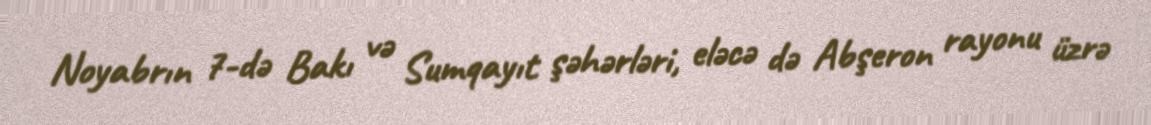
Noyabrın 7-də Bakı və Sumqayıt şəhərləri, eləcə də Abşeron rayonu üzrə